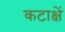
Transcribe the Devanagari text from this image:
कटाक्षें